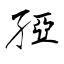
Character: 孲